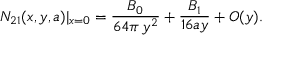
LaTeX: N _ { 2 1 } ( x , y , a ) | _ { x = 0 } = \frac { B _ { 0 } } { 6 4 \pi \, y ^ { 2 } } + \frac { B _ { 1 } } { 1 6 a y } + O ( y ) .